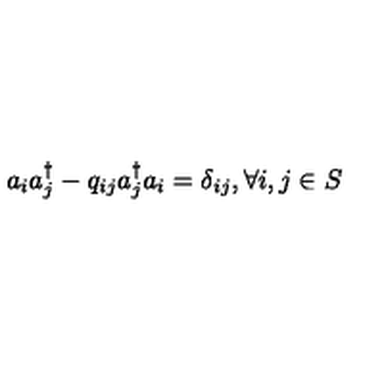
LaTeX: a _ { i } a _ { j } ^ { \dagger } - q _ { i j } a _ { j } ^ { \dagger } a _ { i } = \delta _ { i j } , \forall i , j \in S